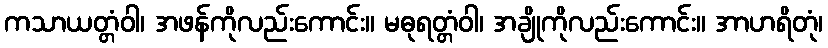
ကသာယတ္တံဝါ၊ အဖန်ကိုလည်းကောင်း။ မဓုရတ္တံဝါ၊ အချိုကိုလည်းကောင်း။ အာဟရိတုံ၊